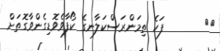
٥٥       ފަހެ ތިމަންރަސްކަލާނގެ ކޯފާވެވޮޑިގެންވާގޮތަށް